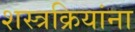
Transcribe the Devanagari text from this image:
शस्त्रक्रियांना